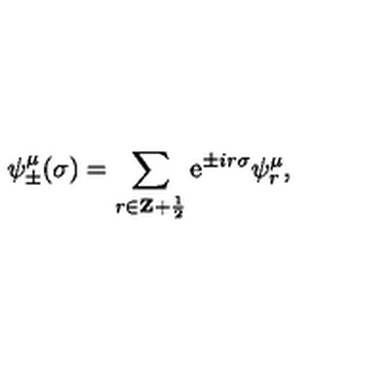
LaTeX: \psi _ { \pm } ^ { \mu } ( \sigma ) = \sum _ { r \in { \bf Z } + { \frac { 1 } { 2 } } } \mathrm { e } ^ { \pm i r \sigma } \psi _ { r } ^ { \mu } ,